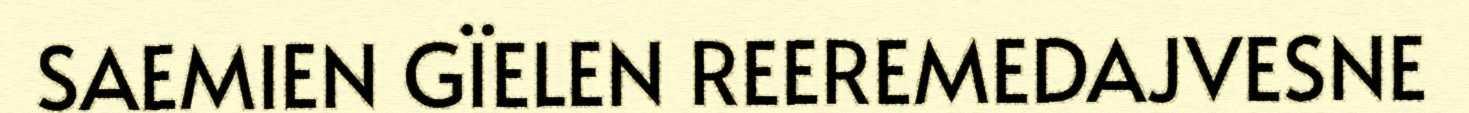
SAEMIEN GÏELEN REEREMEDAJVESNE